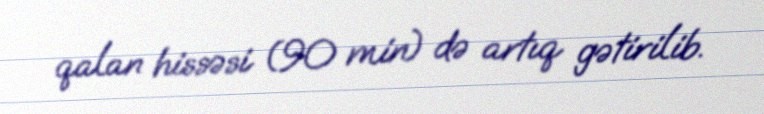
qalan hissəsi (90 min) də artıq gətirilib.